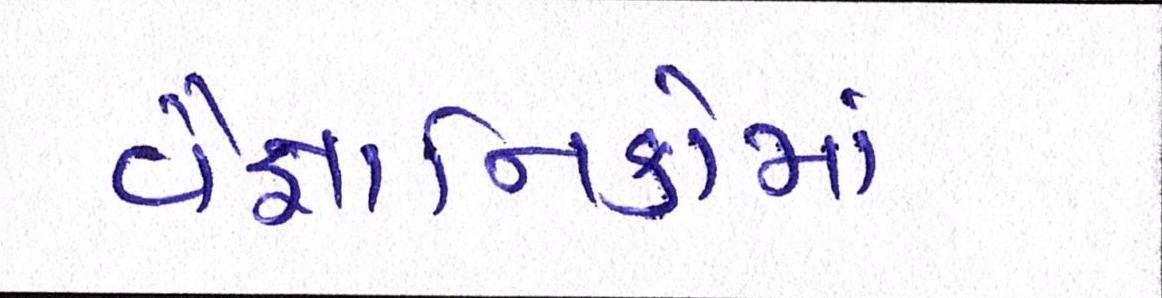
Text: વૈજ્ઞાાનિકોમાં